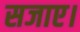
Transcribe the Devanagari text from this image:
सजाए।